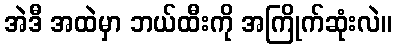
အဲဒီ အထဲမှာ ဘယ်ထီးကို အကြိုက်ဆုံးလဲ။